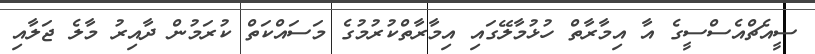
ސީއެޗްއެސްސީގެ އާ އިމާރާތް ހުޅުމާލޭގައި އިމާރާތްކުރުމުގެ މަސައްކަތް ކުރަމުން ދާއިރު މާލެ ޖަލާއި